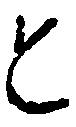
道